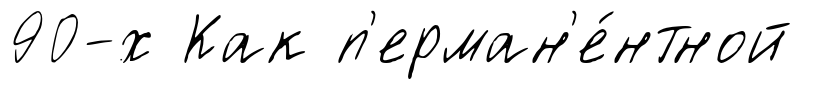
90-х Как п'ерман'е́нтной